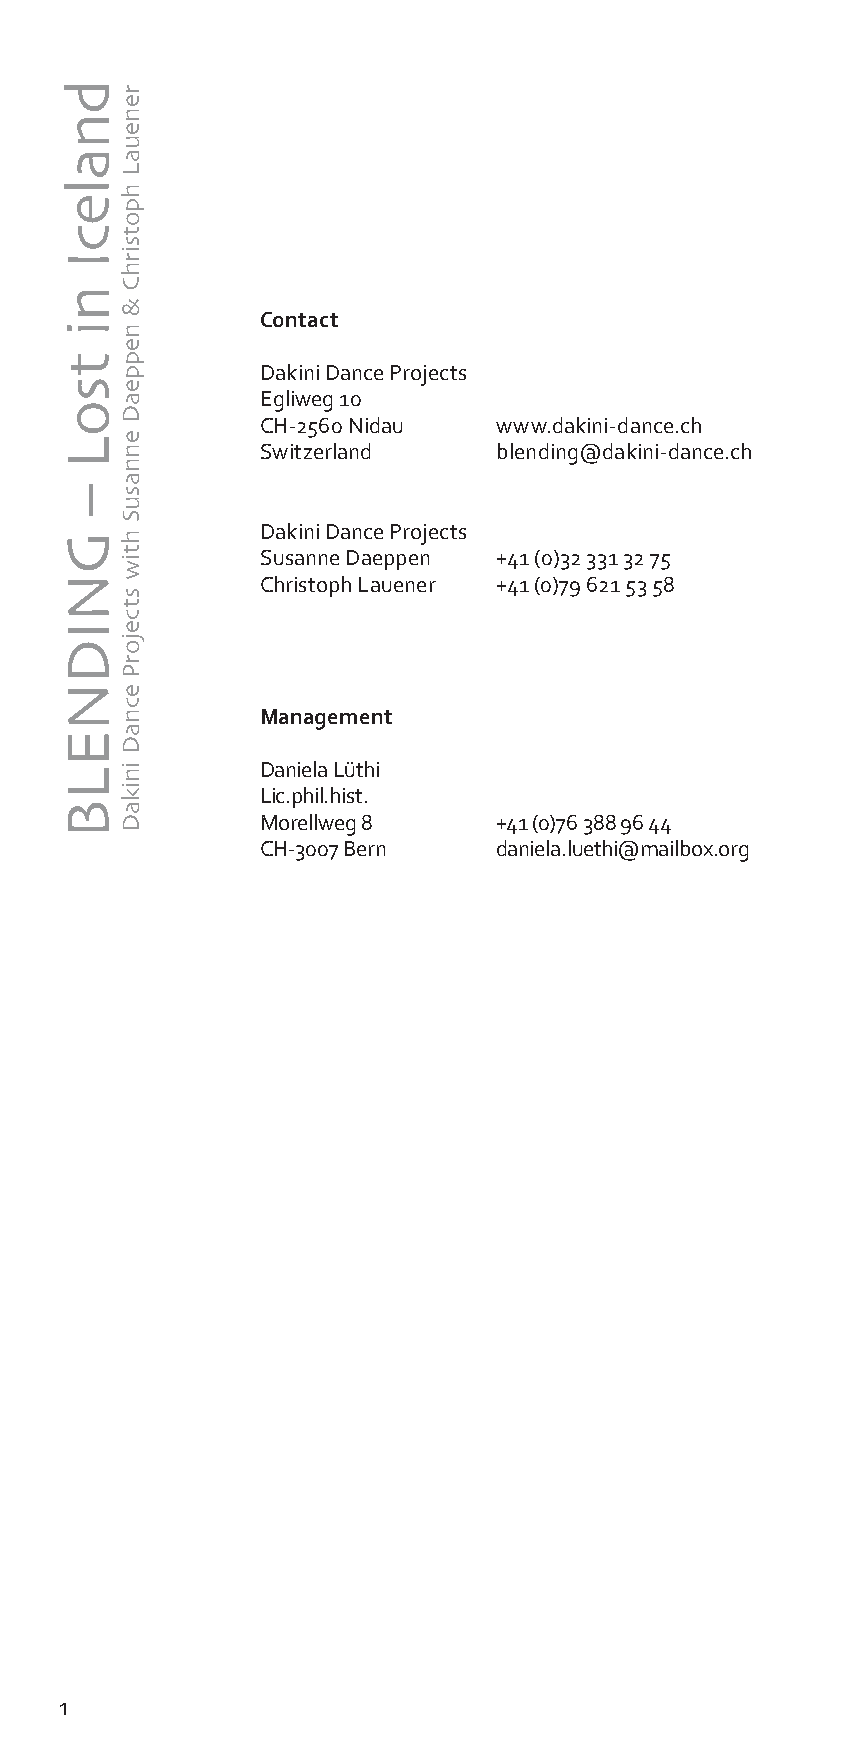
Contact
 Dakini Dance Projects
 Egliweg 10
 CH-2560 Nidau   www.dakini-dance.ch
 Switzerland     blending@dakini-dance.ch
 Dakini Dance Projects
 Susanne Daeppen +41 (0)32 331 32 75
 Christoph Lauener +41 (0)79 621 53 58
 Management
 Daniela Lüthi
 Lic.phil.hist.
 Morellweg 8     +41 (0)76 388 96 44
 CH-3007 Bern    daniela.luethi@mailbox.org
 1
 dnalecI
 ni
 tsoL
 –
 GNIDNELB
 reneuaL
 hpotsirhC
 &
 neppeaD
 ennasuS
 htiw
 stcejorP
 ecnaD
 inikaD